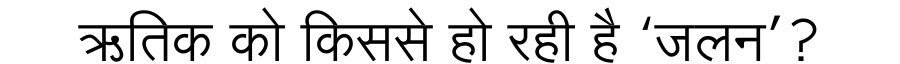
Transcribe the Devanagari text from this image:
ऋतिक को किससे हो रही है ‘जलन’?